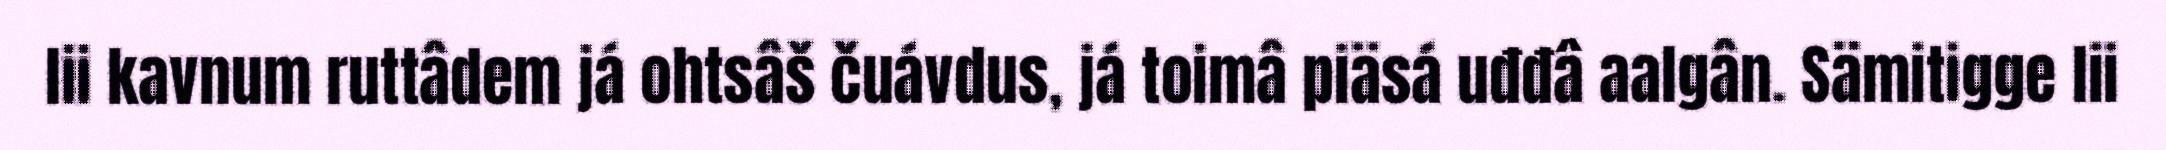
lii kavnum ruttâdem já ohtsâš čuávdus, já toimâ piäsá uđđâ aalgân. Sämitigge lii